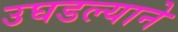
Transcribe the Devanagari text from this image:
उघडल्याने